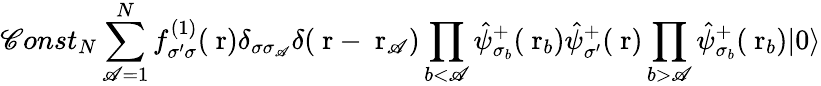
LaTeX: \mathscr{C}onst_{N}\sum_{\mathscr{A}=1}^{N}f_{\sigma^{\prime}\sigma}^{(1)}(\mathrm{{\mathbf{~}r}})\delta_{\sigma\sigma_{\mathscr{A}}}\delta(\mathrm{{\mathbf{~}r}}-\mathrm{{\mathbf{~}r}}_{\mathscr{A}})\prod_{b<\mathscr{A}}\hat{{\psi}}_{\sigma_{b}}^{+}(\mathrm{{\mathbf{~}r}}_{b})\hat{{\psi}}_{\sigma^{\prime}}^{+}(\mathrm{{\mathbf{~}r}})\prod_{b>\mathscr{A}}\hat{{\psi}}_{\sigma_{b}}^{+}(\mathrm{{\mathbf{~}r}}_{b})|0\rangle